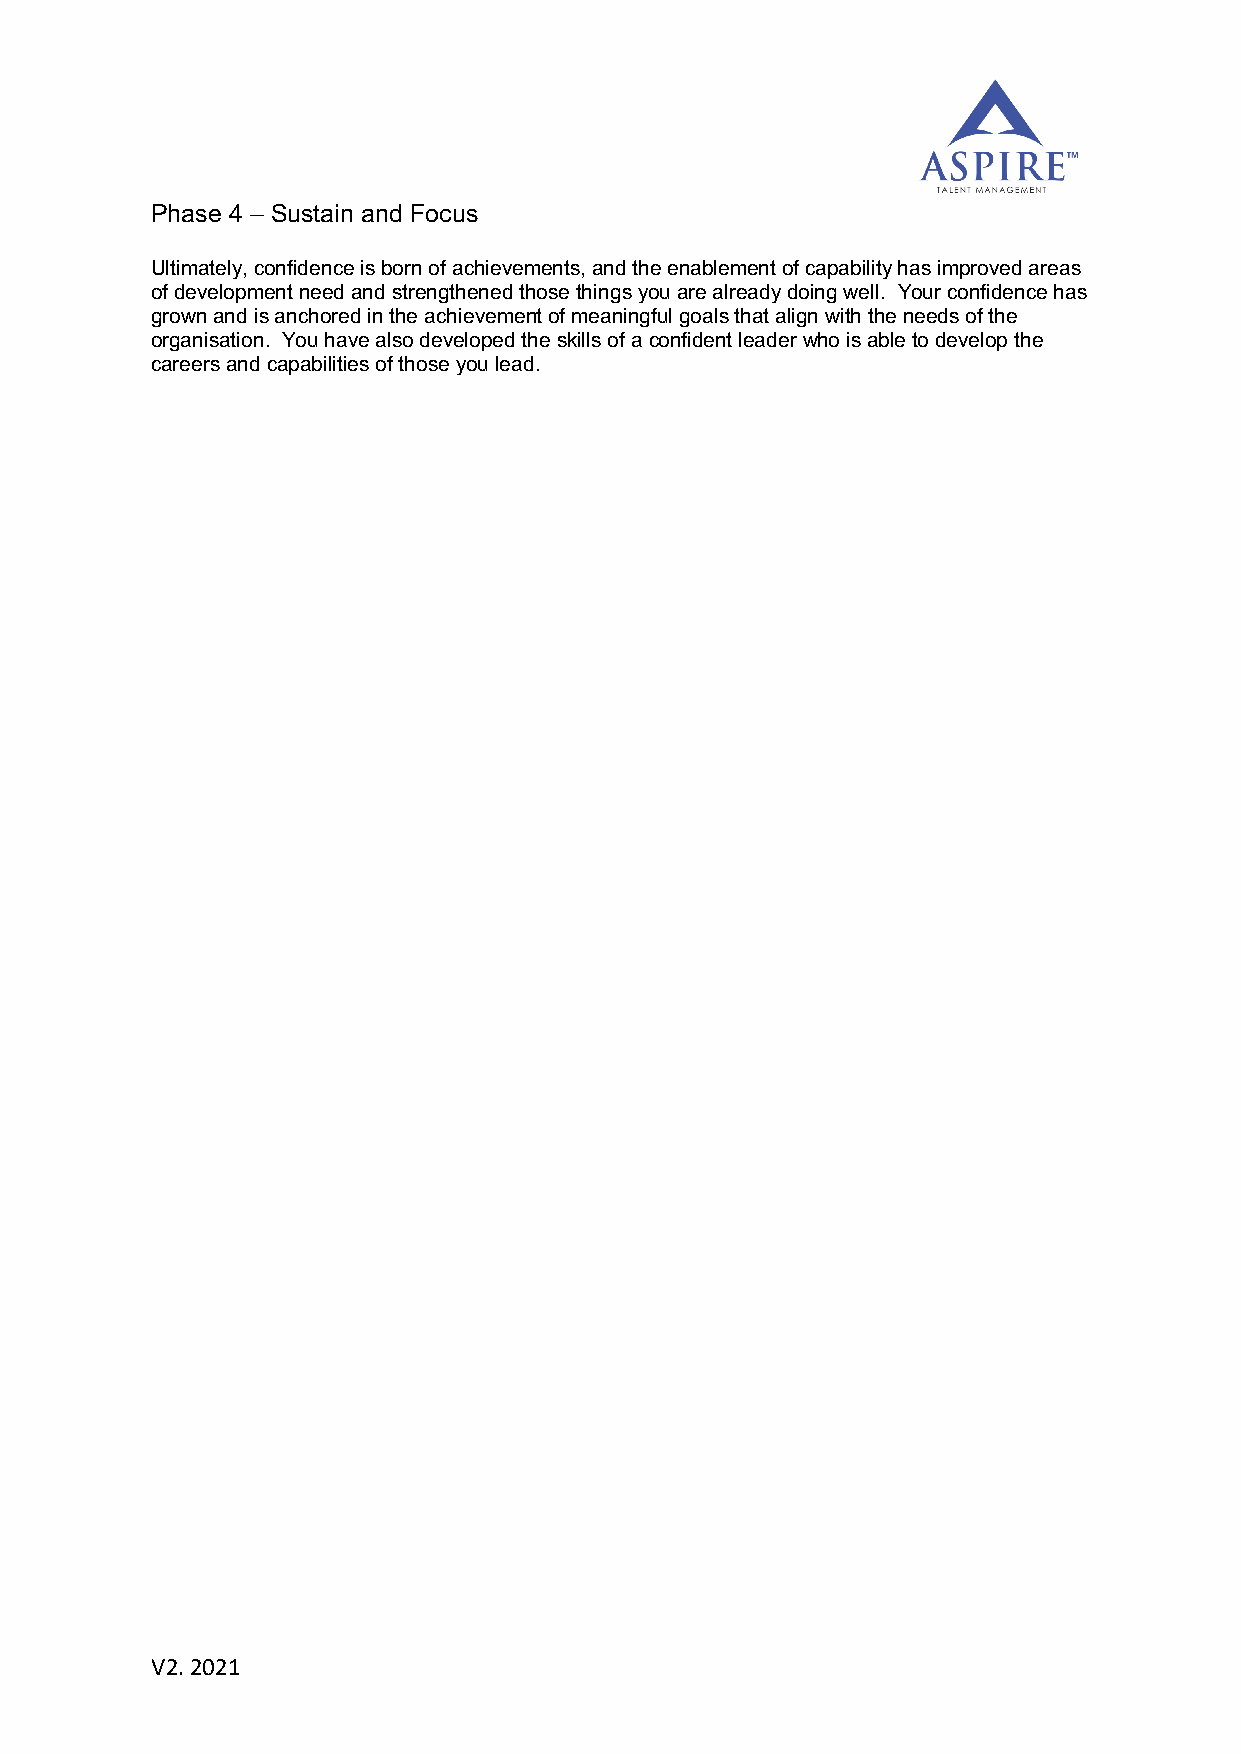
Phase 4 – Sustain and Focus
 Ultimately, confidence is born of achievements, and the enablement of capability has improved areas
 of development need and strengthened those things you are already doing well. Your confidence has
 grown and is anchored in the achievement of meaningful goals that align with the needs of the
 organisation. You have also developed the skills of a confident leader who is able to develop the
 careers and capabilities of those you lead.
 V2. 2021